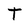
Character: T